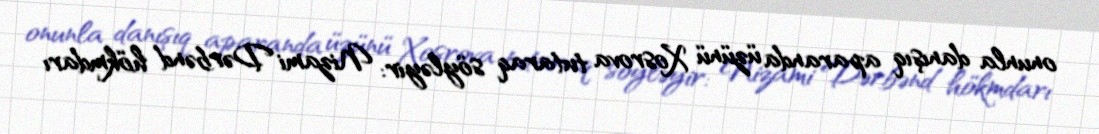
onunla danışıq aparanda üzünü Xosrova tutaraq söyləyir: Nizami Dərbənd hökmdarı